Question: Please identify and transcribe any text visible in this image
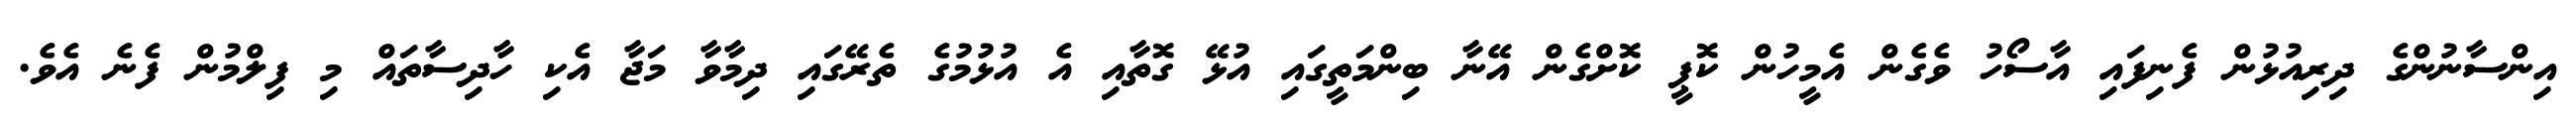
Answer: އިންސާނުންގެ ދިރިއުޅުން ފެނިފައި އާސޯހު ވެގެން އެމީހުން ކޮޕީ ކޮށްގެން އޭނާ ބިންމަތީގައި އުޅޭ ގޮތާއި އެ އުޅުމުގެ ތެރޭގައި ދިމާވާ މަޖާ އެކި ހާދިސާތައް މި ފިލްމުން ފެނެ އެވެ.